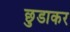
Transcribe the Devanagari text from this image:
छुडाकर